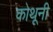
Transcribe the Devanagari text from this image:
कोथूनी